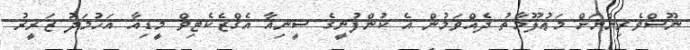
ނޫސްވެރިންނަށް މަޢުލޫމާތު ދެއްވަމުން އެ ކުންފުނީގެ ސީނިއާ އެގްޒެކެޓިވް މީޑިއާ އަހުމަދު ޒަރީރު